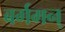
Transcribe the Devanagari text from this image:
बर्गमन्‌